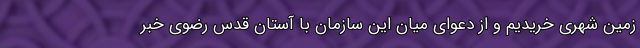
زمین شهری خریدیم و از دعوای میان این سازمان با آستان قدس رضوی خبر